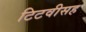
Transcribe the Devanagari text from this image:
टिटवीसह